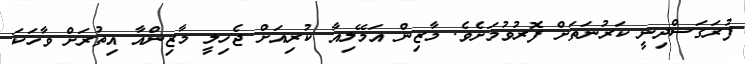
ފުރަގަސްދިނީ ކަރުނަތަށް ފޮރުވުމަށެވެ. މާޒިން އަމޭލިއާ ކުރިއަށް ޖެހިލީ މާޒިންއާ އިތުރަށް ވާހަކަ